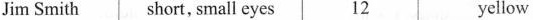
Jim Smith short, small eyes 12 yellow